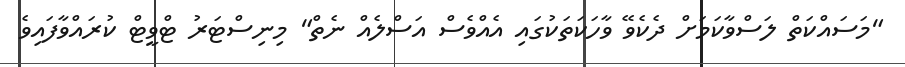
"މަސައްކަތް ލަސްވާކަމަށް ދެކެވޭ ވާހަކަތަކުގައި އެއްވެސް އަސްލެއް ނެތް" މިނިސްޓަރު ޓްވީޓް ކުރައްވާފައިވެ